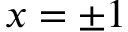
x = \pm 1